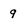
Character: 9